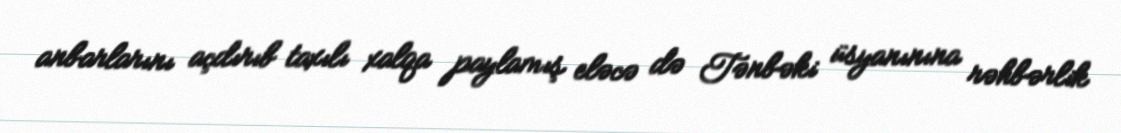
anbarlarını açdırıb taxılı xalqa paylamış eləcə də Tənbəki üsyanınına rəhbərlik